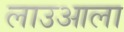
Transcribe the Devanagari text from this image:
लाउआला